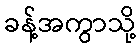
ခန့်အကွာသို့